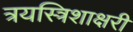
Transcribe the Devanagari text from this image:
त्रयस्त्रिशाक्षरी